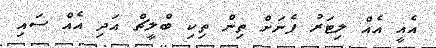
އެއީ އެއް ލިޓަރު ފެނަށް ތިން ތިކި ބްލީޗް އަދި އެއް ސައި